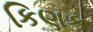
કિણક